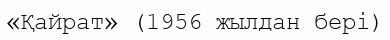
«Қайрат» (1956 жылдан бері)